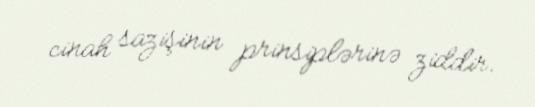
cinah sazişinin prinsiplərinə ziddir.